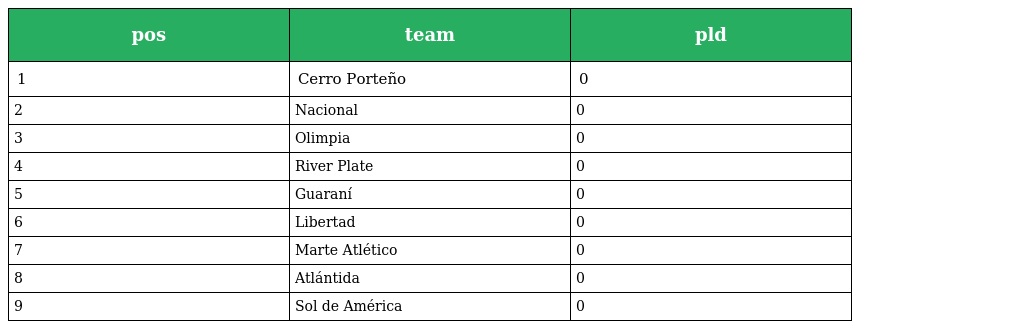
| pos | team | pld |
 | --- | --- | --- |
 | 1 | Cerro Porteño | 0 |
 | 2 | Nacional | 0 |
 | 3 | Olimpia | 0 |
 | 4 | River Plate | 0 |
 | 5 | Guaraní | 0 |
 | 6 | Libertad | 0 |
 | 7 | Marte Atlético | 0 |
 | 8 | Atlántida | 0 |
 | 9 | Sol de América | 0 |